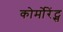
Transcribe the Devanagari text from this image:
कोर्मोरेंट्स